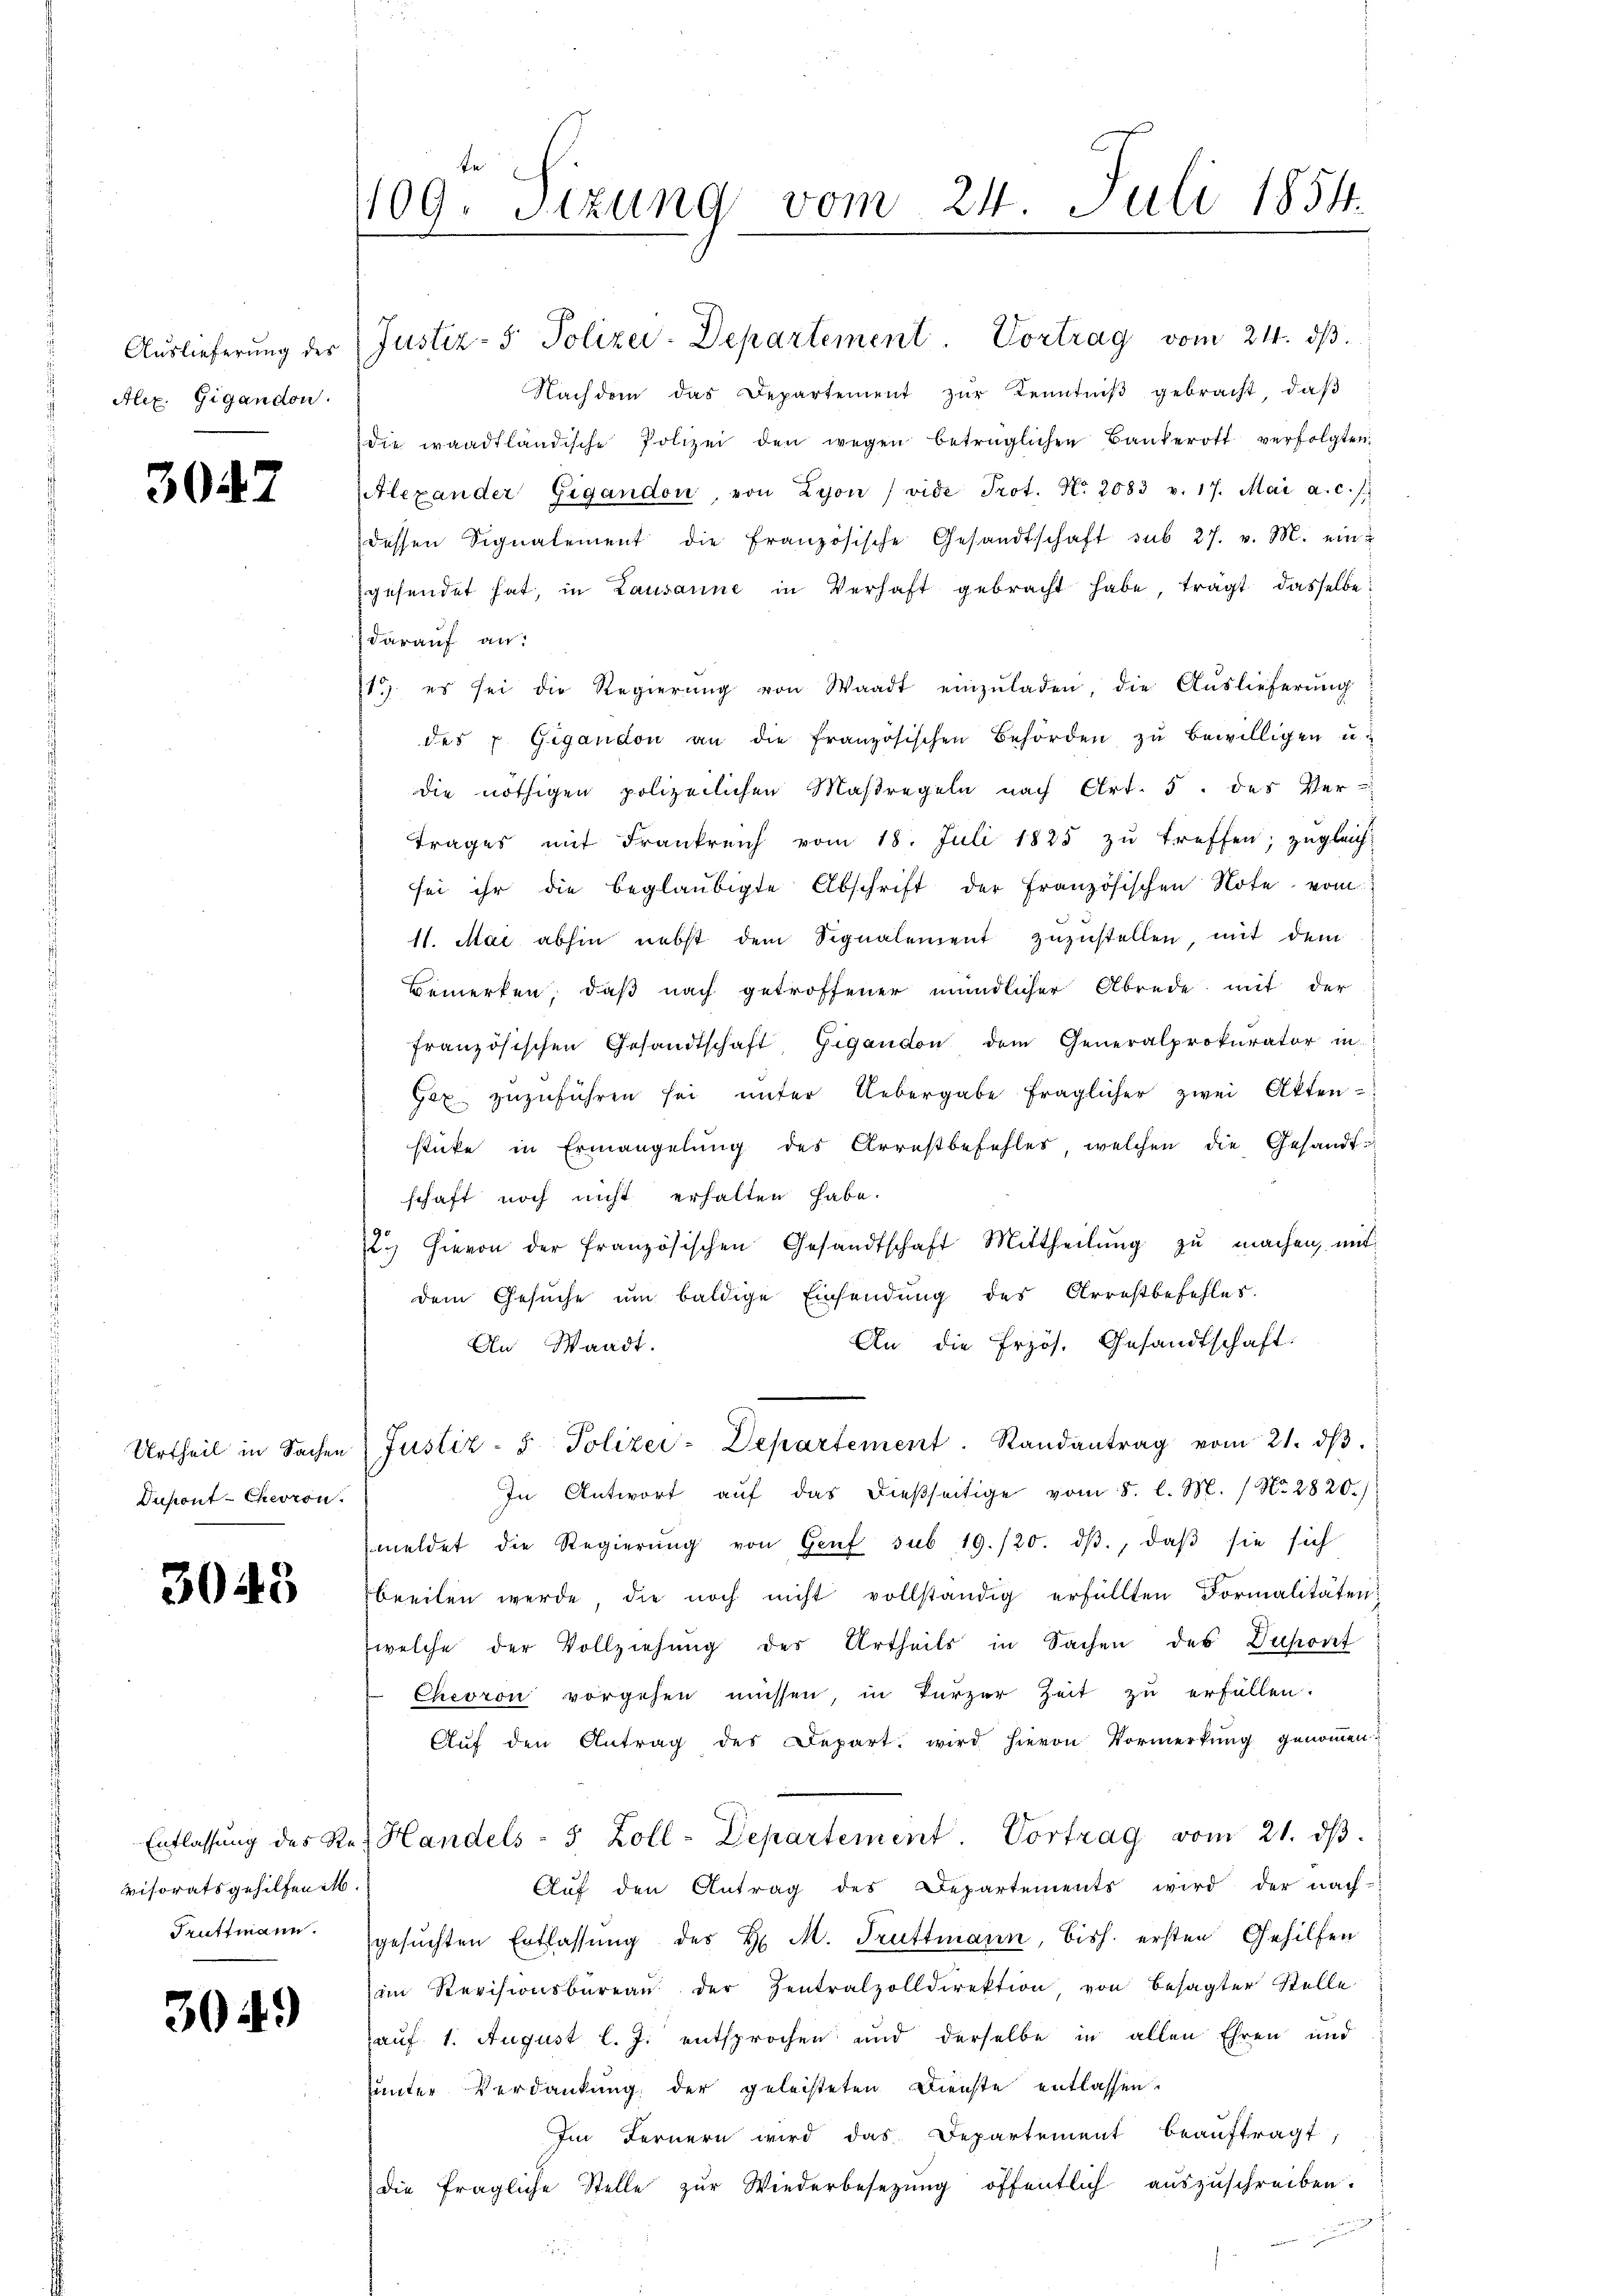
Auslieferung des
Alex. Gigandon.

3047

Urtheil in Sachen
Dupont-Chevron

3043

Entlassung des Revisoratsgehilfen M.
Truttmann.

3049)

1109. Sitzung vom 24. Juli 1854.

Justiz- & Polizei-Departement. Vortrag vom 24. dβ.
Nachdem das Departement zŭr Kenntniβ gebracht, daβ
die waadtländische Polizei den wegen betrüglichen Bankerott verfolgten
Alexander Gigandon von Lyon / vide Prot. No. 2083 v. 17. Mai a. c.
dessen Signalement die französische Gesandtschaft sub 27. v. M. ein
gesendet hat, in Lausanne in Verhaft gebracht habe, tragt dasselbe
darauf an:
1) es sei die Regierŭng von Waadt einzŭladen, die Aŭslieferŭng
des u. Gigandon an die französischen Behörden zŭ bewilligen u.
die nöthigen polizeilichen Maßregeln nach Art. 5. des Vertrages mit Frankreich vom 18. Juli 1825 zŭ treffen; zugleich:
sei ihr die beglaubigte Abschrift der französischen Note vom
11. Mai abhin nebst dem Signalement zuzustellen, mit dem
Bemerken, daß nach getroffener mündlicher Abrede, mit der
französischen Gesandtschaft Gigandon dem Generalprokurator in
Hex zuzuführen sei unter Uebergabe fraglicher zwei Akten
stücke in Ermangelung des Arrestbefehler, welchen die Gesandtschaft noch nicht erhalten habe.
2.) Hievon der französischen Gesandtschaft Mittheilŭng zŭ machen, mit
dem Gesŭche ŭm baldige Einsendung des Arrestbefehles.
An die frzös. Gesandtschaft
An Waadt.
Justiz- & Polizei-Departement. Randantrag vom 21. dβ.
In Antwort auf das dießseitige vom 5. l. M. / No. 2820.)
meldet die Regierŭng von Genf sub 19./20. dβ, daβ sie sich
breiten werde die noch nicht vollständig erfüllten Formalitäten
welche der Vollziehŭng der Urtheils in Sachen des Dupont
Chevron vorgehen müssen, in Türzer Zeit zu erfüllen.
Aŭf den Antrag des Depart. wird hievon Vormerkung genommen.
Handels- 5 Zoll-Departement. Vortrag vom 21. dβ.
Aŭf den Antrag des Departements wird der nach-
gesŭchten Entlassŭng des H. M. Truttmann, bish. ersten Gehilfen
im Revisionsbüreaŭ der Zentralzolldirektion von besagter Stelle
auf 1. August l. J. entsprochen und derselbe in allen Ehren und
sunter Verdankung der geleisteten Dienste entlassen.
Im Fernern wird das Departement beaŭftragt,
die fragliche Stelle zŭr Wiederbesetzŭng öffentlich aŭszŭschreiben.